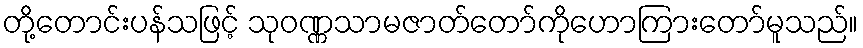
တို့တောင်းပန်သဖြင့် သုဝဏ္ဏသာမဇာတ်တော်ကိုဟောကြားတော်မူသည်။